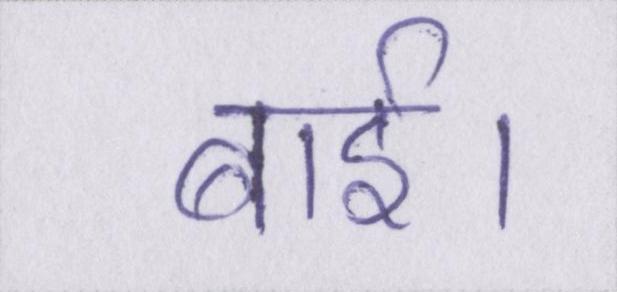
बाई।